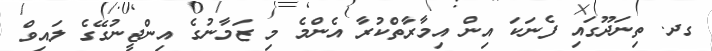
ގދ. ތިނަދޫގައި ފެނަކަ އިން އިމާރާތްކުރާ އެންމެ މި ޒަމާނުގެ އިންޖީނުގޭގެ ލައިވް